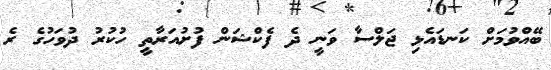
ބޭއްވުމަށް ކަނޑައެޅި ޖަލްސާ ވަނީ ދެ ފެކްޝަން ފުށުއަރާތީ ހުކުރު ދުވަހުގެ ރެ